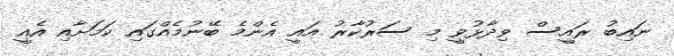
ނަައިބު ރައީސް ވިދާޅުވީ މި ސަރުކާރު އައީ އެންމެ ބޭނުމެއްގައި ކަމަށާއި އެއީ